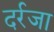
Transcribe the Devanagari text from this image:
दर्रजा